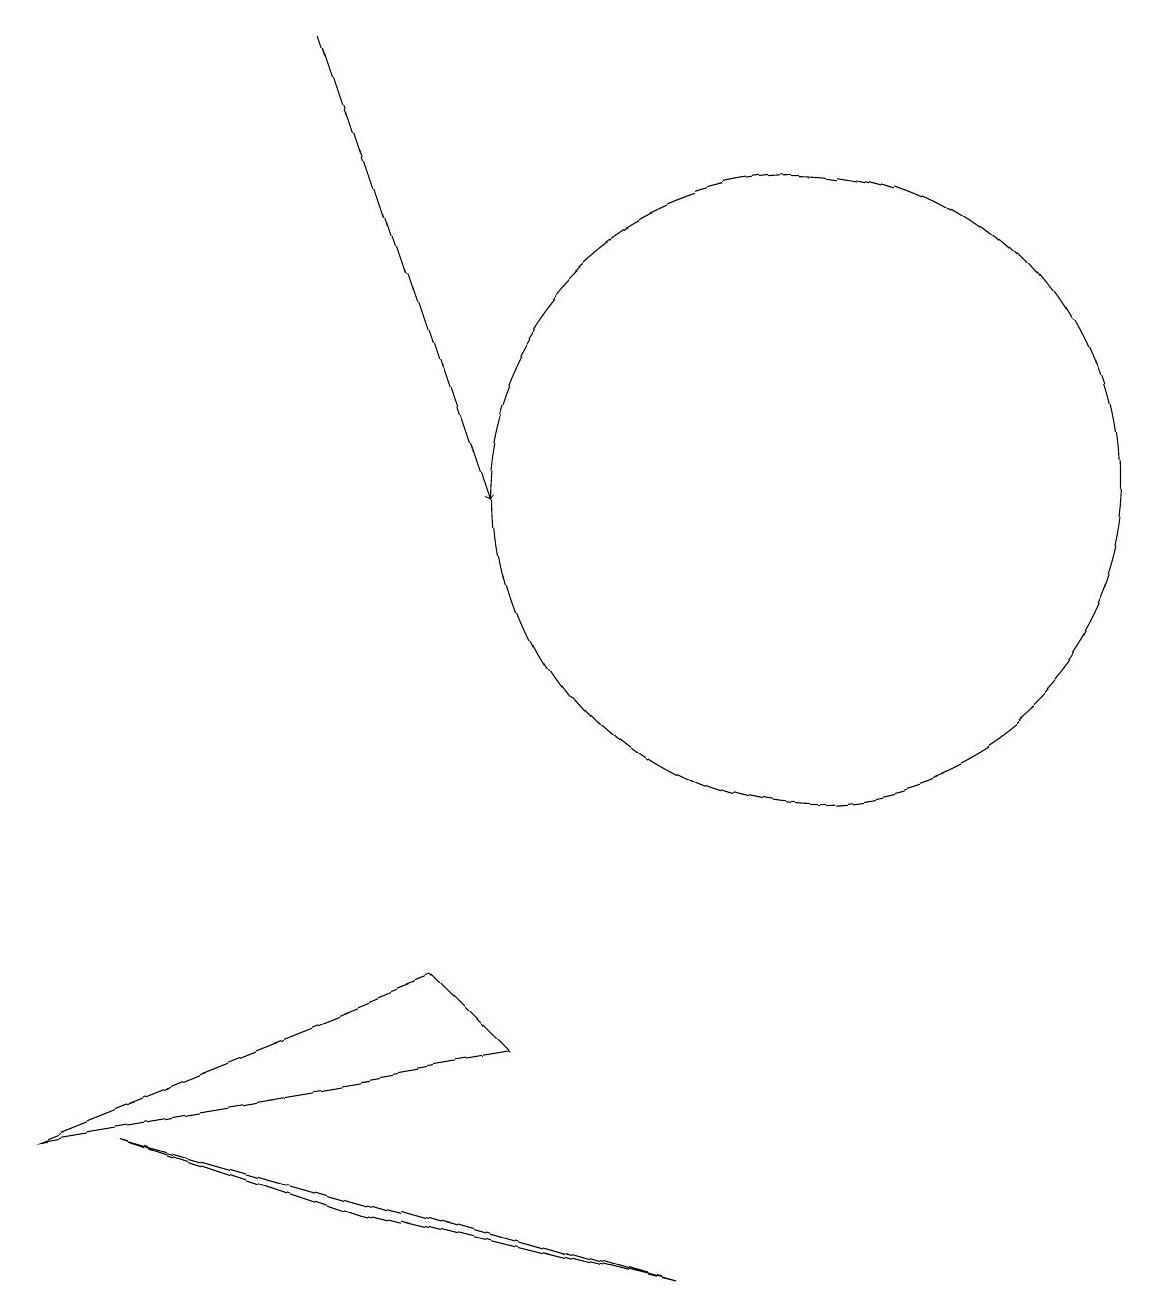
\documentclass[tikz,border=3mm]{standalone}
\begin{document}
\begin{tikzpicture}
\draw (6,5) -- (1,3) -- (7,4) -- cycle;
\draw (9,1) -- (2,3) -- (5,2) -- cycle;
\draw (11,11) circle (4);
\draw[->] (5,17) -- (7,11);
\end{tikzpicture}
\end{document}